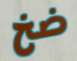
ضخ